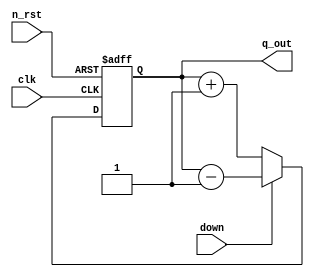
module binary(
    input clk,
    input n_rst,
    input down,
    output [3:0] q_out
);

    reg [3:0] q;

    assign q_out = q;

    always @(posedge clk or negedge n_rst)
    begin
        if(!n_rst)
            q <= 4'h0;
        else if(down)
            q <= q - 4'h1;
        else
            q <= q + 4'h1;
    end

endmodule